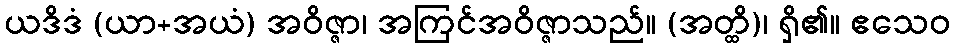
ယဒိဒံ (ယာ+အယံ) အဝိဇ္ဇာ၊ အကြင်အဝိဇ္ဇာသည်။ (အတ္ထိ)၊ ရှိ၏။ ဧသေဝ